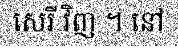
សេរី វិញ ។ នៅ